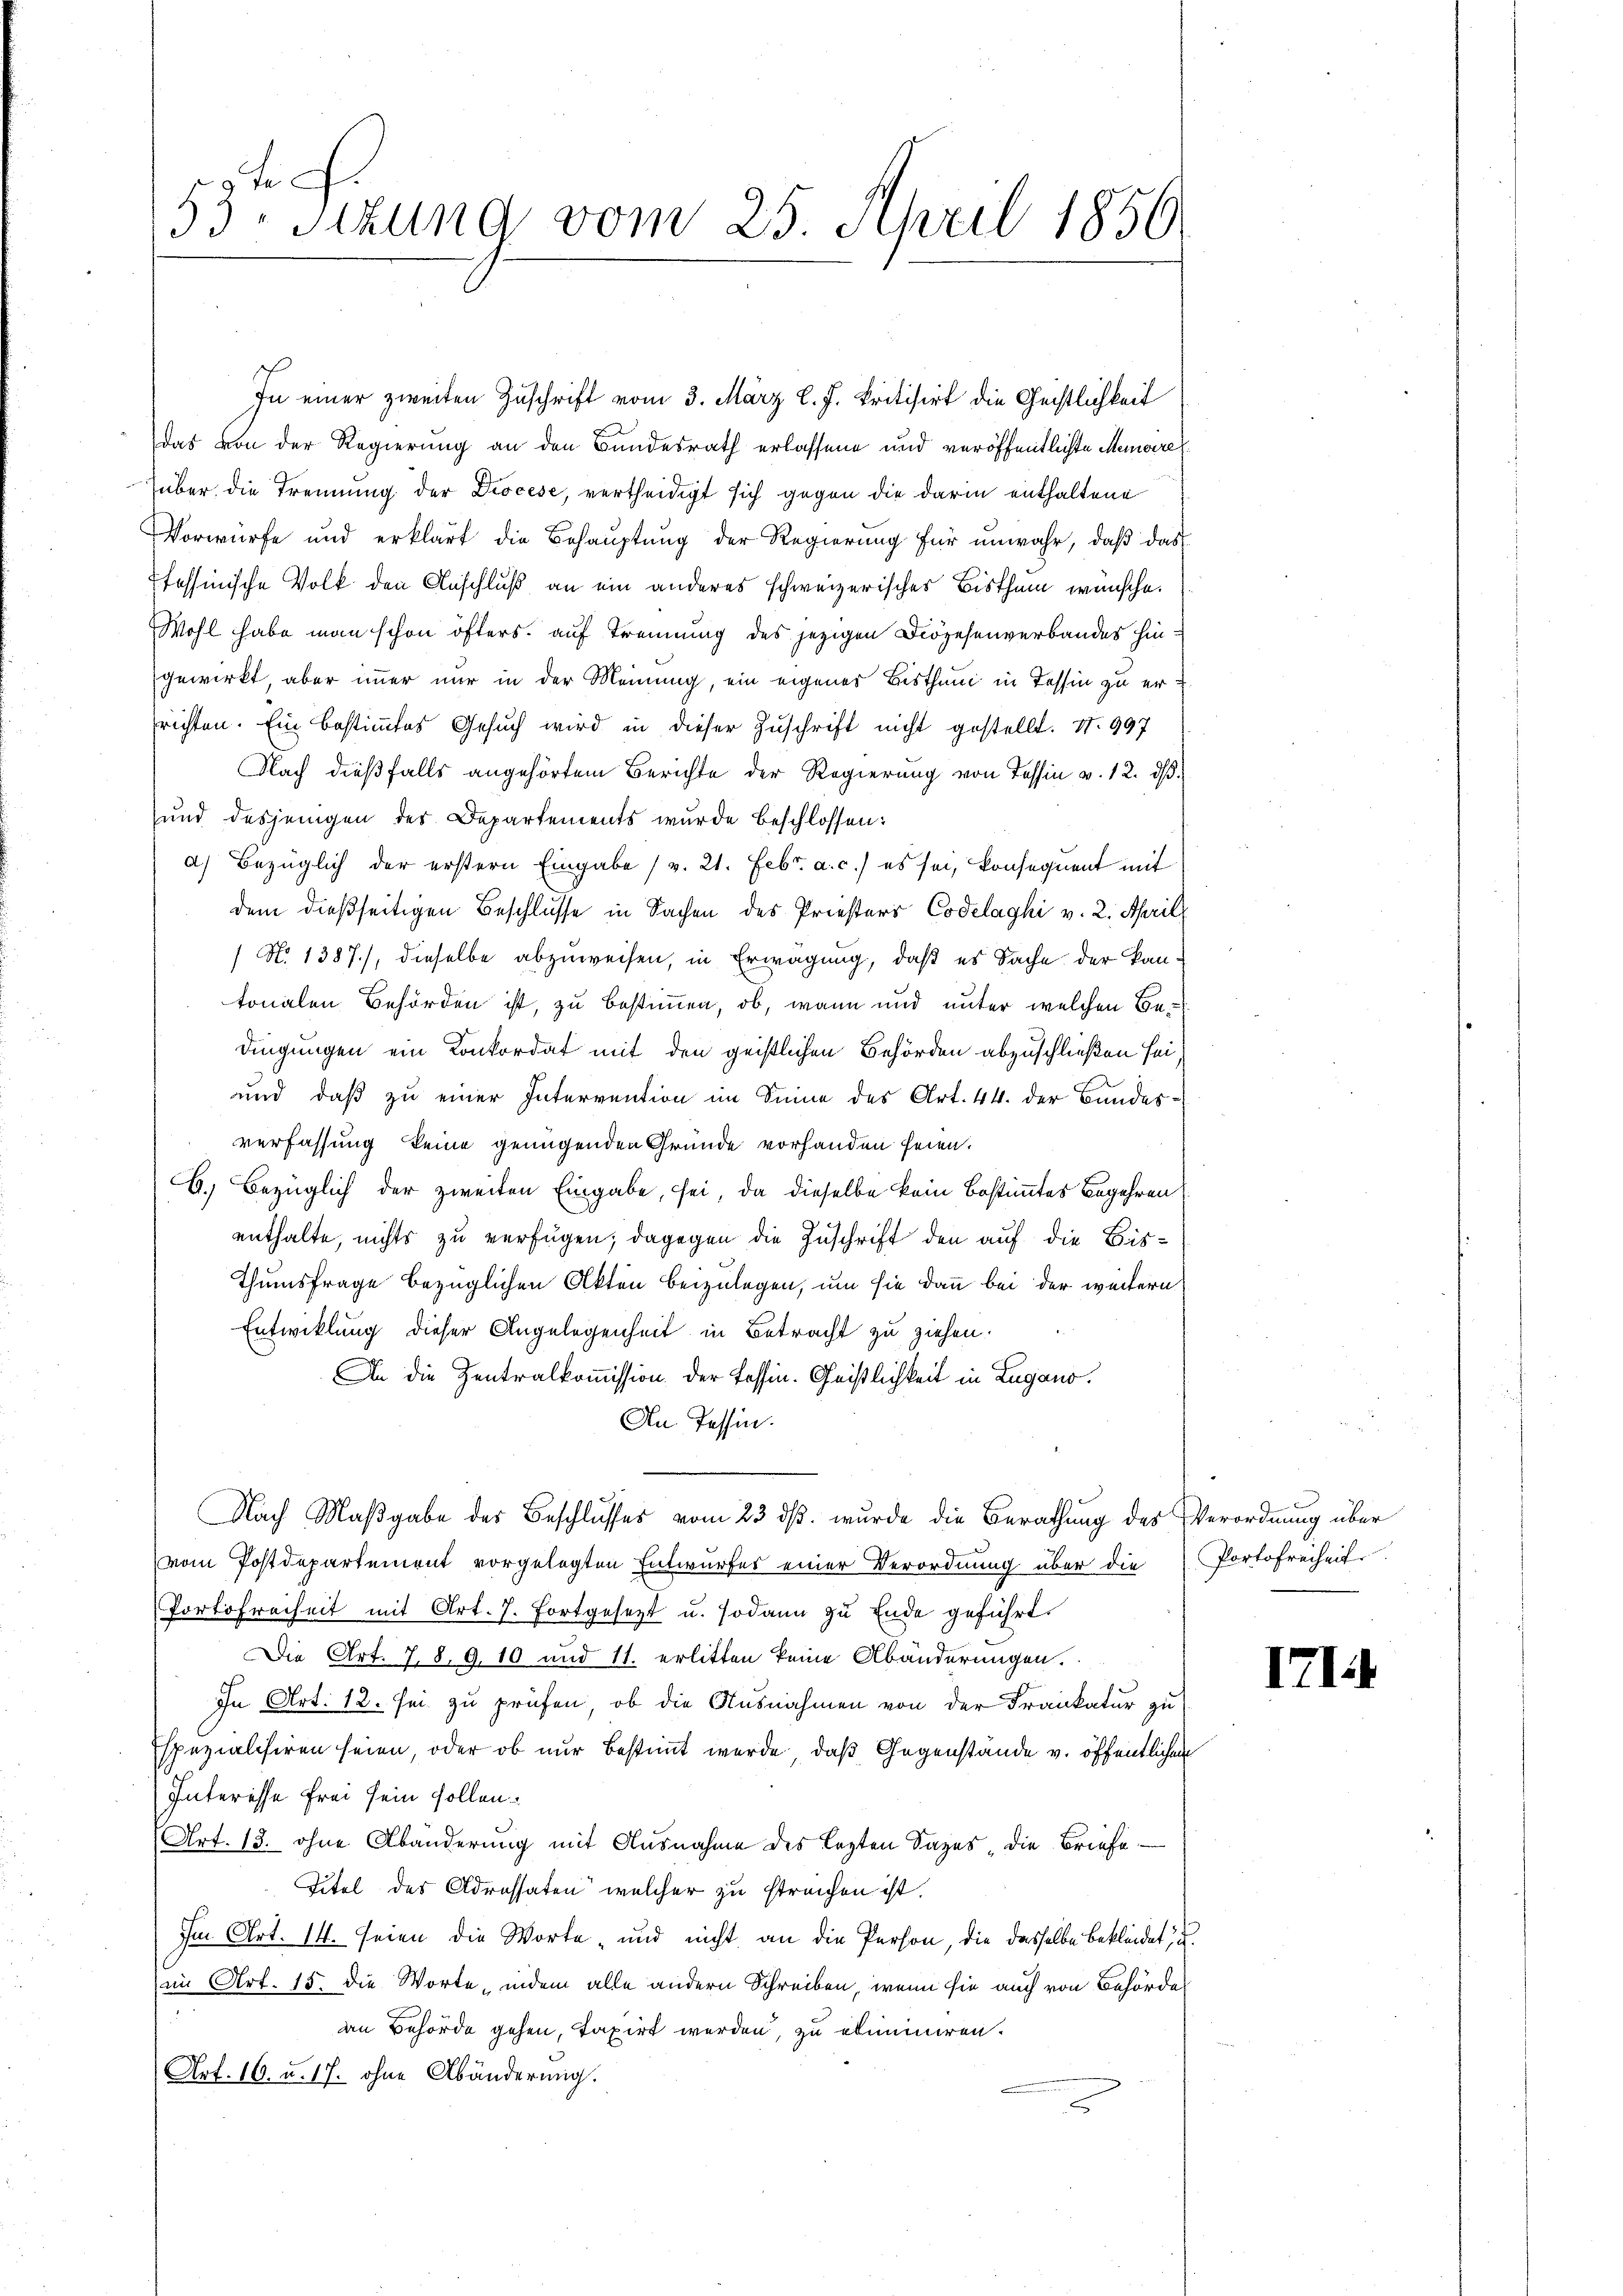
Fr
53 sizung vom 25. April 1856.

das von der Regierung an den Bundesrath erlassene und veröffentlichte Memoire
über die Trennung der Diöcese, vertheidigt sich gegen die darin enthaltene
Vorwürfe und erklärt die Behauptung der Regierung für unwahr, daß das
stessinische Volk den Anschluß an ein anderes schweizerischer Bisthum wünsche.
Wohl habe man schon öfters auf Trennung des jezigen Diözesenverbandes hingewirkt, aber immer nur in der Meinung, ein eigenes Bisthum in Tessin zu errichten. Ein bestimmtes Gesuch wird in dieser Zuschrift nicht gestellt. S. 997
Nach dießfalls angehörtem Berichte der Regierung von Tessin v. 12. dβ.
und desjenigen der Departements wurde beschlossen:
a) Bezüglich der erstern Eingabe (v. 21. Febr. a. c.) es sei, konsequent mit
dem dießseitigen Beschlüsse in Sachen des Priesters Codelaghi v. 2. Aprill
 No. 1387), dieselbe abzuweisen, in Erwägung, daß es Sache der kantonalen Behörden ist, zu bestimmen, ob, wann und unter welchen Bedingungen ein Konkordat mit den geistlichen Behörden abzuschließen sei,
und daß zu einer Intervention im Sinne des Art. 44. der Bundes-
verfassung keine genügenden Gründe vorhanden seien.
G.) Bezüglich der zweiten Eingabe, sei, da dieselbe kein Bestimmtes Begehren
enthalte, nichts zu verfügen; dagegen die Zuschrift den auf die Bis¬
Thumsfrage bezüglichen Akten beizulegen, um sie dann bei der weitern
Entwicklung dieser Angelegenheit in Betracht zu ziehen.
In die Zentralkommission der Tessin. Geißlichkeit in Lugano.
An Tessin.
Nach Maßgabe des Beschlusses vom 23. ds. wurde die Berathung des Verordnung über
vom Postdepartement vorgelegten Entwurfes einer Verordnung über die
Portofreiheit mit Art. 7. Fortgesezt u. sodann zu Ende geführt.
Die Art. 78. 9.10 und 11. erlitten keine Abänderungen.
In Art. 12. sei zu prüfen, ob die Ausnahmen von der Frankatur zu
spezialisiren seien, oder ob nur bestimmt werde, daß Gegenstände v. öffentlichen
Interesse Frei sein sollen.
Art. 13. ohne Abänderung mit Ausnahme des lezten Sages die Briefe
Titel des Adressaten, welcher zu streichen ist.
Im Art. 14. seien die Worte - und nicht an die Person, die dasselbe bekleidet, u.
(im Art. 15. die Worte, indem alle andern Schreiben, wenn sie auch von Behörde
an Behörde gehen, taxirt werden, zu eliminiren.
Art. 16. u. 17. ohne Abänderung.

In einer zweiten Zuschrift vom 3. März l. J. kritisirt die Geistlichkeit

Partofreiheit

171.